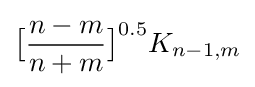
{\big [}{\frac {n-m}{n+m}}{\big ]}^{0.5}K_{n-1,m}